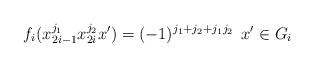
LaTeX: \begin{align*} f_i(x_{2i-1}^{j_1}x_{2i}^{j_2}x')=(-1)^{j_1+j_2+j_1j_2}\,\;x'\in G_i\end{align*}